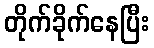
တိုက်ခိုက်နေပြီး